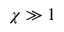
\chi \gg 1